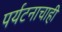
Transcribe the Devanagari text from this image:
पर्यटनाचाही